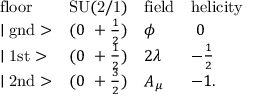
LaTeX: \begin{array} { l c l l } { { \mathrm { f l o o r } } } & { { \mathrm { S U ( 2 / 1 ) } } } & { { \mathrm { f i e l d } } } & { { \mathrm { h e l i c i t y } } } \\ { { \mid \mathrm { g n d } > } } & { { ( 0 ~ + \frac { 1 } { 2 } ) } } & { { \phi } } & { { ~ 0 } } \\ { { \mid \mathrm { 1 s t } > } } & { { ( 0 ~ + \frac { 1 } { 2 } ) } } & { { 2 \lambda } } & { { - \frac { 1 } { 2 } } } \\ { { \mid \mathrm { 2 n d } > } } & { { ( 0 ~ + \frac { 3 } { 2 } ) } } & { { A _ { \mu } } } & { { - 1 . } } \end{array}